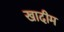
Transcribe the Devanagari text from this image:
खादीम